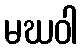
မဃဝါ